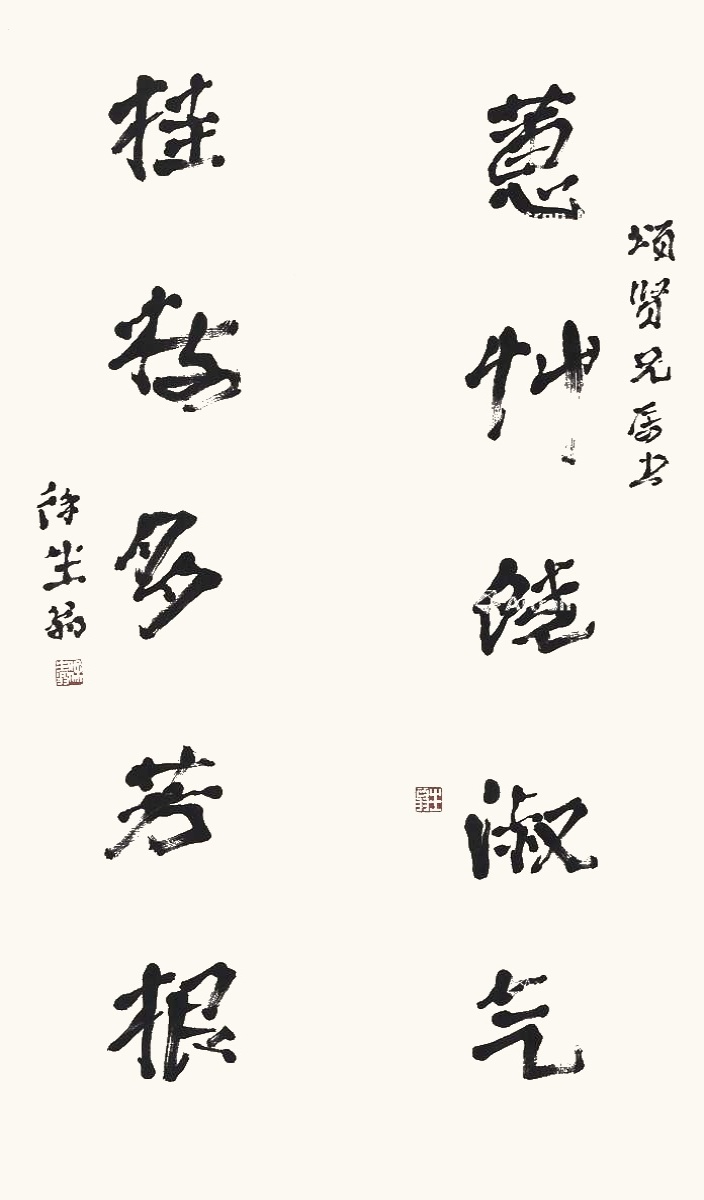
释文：蕙竹饶淑气，桂枝多芳根。颂贤兄属书，徐生翁。